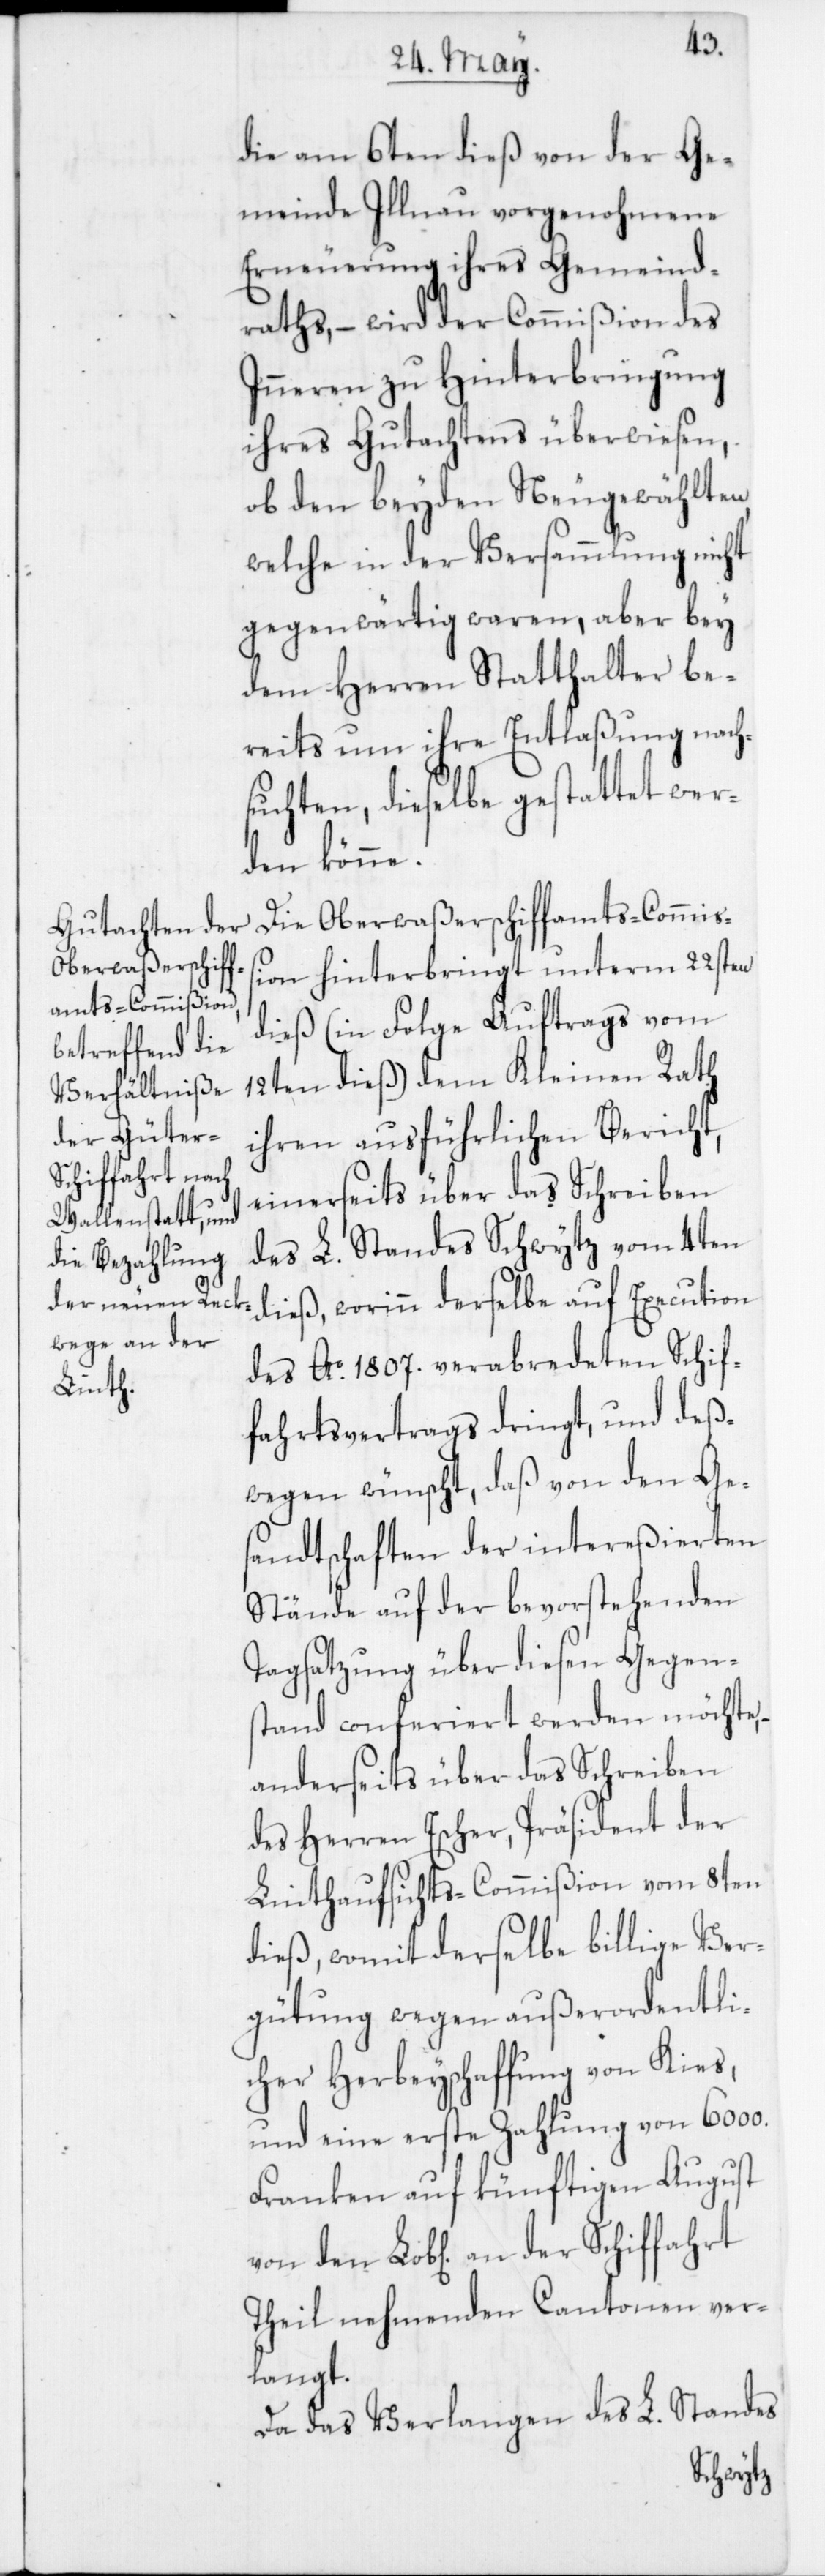
die am 6ten dieß von der Ge¬
meinde Illnau vorgenohmene
Erneuerung ihres Gemeind¬
raths, – wird der Commißion des
Inneren zu Hinterbringung
ihres Gutachtens überwiesen,
ob den beyden Neugewählten,
welche in der Versammlung nicht
gegenwärtig waren, aber bey
dem Herren Statthalter be¬
reits um ihre Entlaßung nach¬
suchten, dieselbe gestattet wer¬
den könne.
Die Oberwaßerschiffamts-Commiß¬
ion hinterbringt unterm 22sten
dieß (in Folge Auftrags vom
12ten dieß) dem Kleinen Rath
ihren ausführlichen Bericht,
einerseits über das Schreiben
des L. Standes Schwytz vom 4ten
des Ao 1807 verabredeten Schiff¬
fahrtsvertrags dringt, und deß¬
wegen wünscht, daß von den Ge¬
sandtschaften der intereßierten
Stände auf der bevorstehenden
Tagsatzung über diesen Gegen¬
stand conferiert werden möchte,
anderseits über das Schreiben
des Herren Escher, Präsident der
Linthaufsichts-Commißion vom 8ten
dieß, womit derselbe billige Ver¬
gütung wegen außerordentli¬
cher Herbeyschaffung von Kies,
und eine erste Zahlung von 6000.
Franken auf künftigen August
Theil nehmenden Cantonen ver¬
langt.
Da das Verlangen des L. Standes